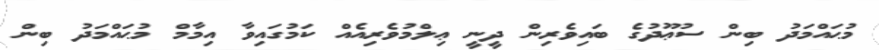
މުޙައްމަދު ބިން ސުޢޫދުގެ ބައިވެރިން ދީނީ ޢިލްމުވެރިއެއް ކަމުގައިވާ އިމާމް މުޙައްމަދު ބިން